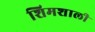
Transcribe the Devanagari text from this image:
शिमशाली